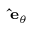
\scriptstyle \mathbf { \hat { e } } _ { \theta }